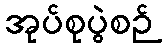
အုပ်စုပွဲစဉ်